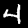
Digit: 4